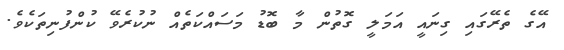
އޭގެ ތެރޭގައި ގިނައީ އަމަލީ ގޮތުން މާ ބޮޑު މަސައްކަތެއް ނުކުރެވޭ ކުންފުނިތަކެވެ.